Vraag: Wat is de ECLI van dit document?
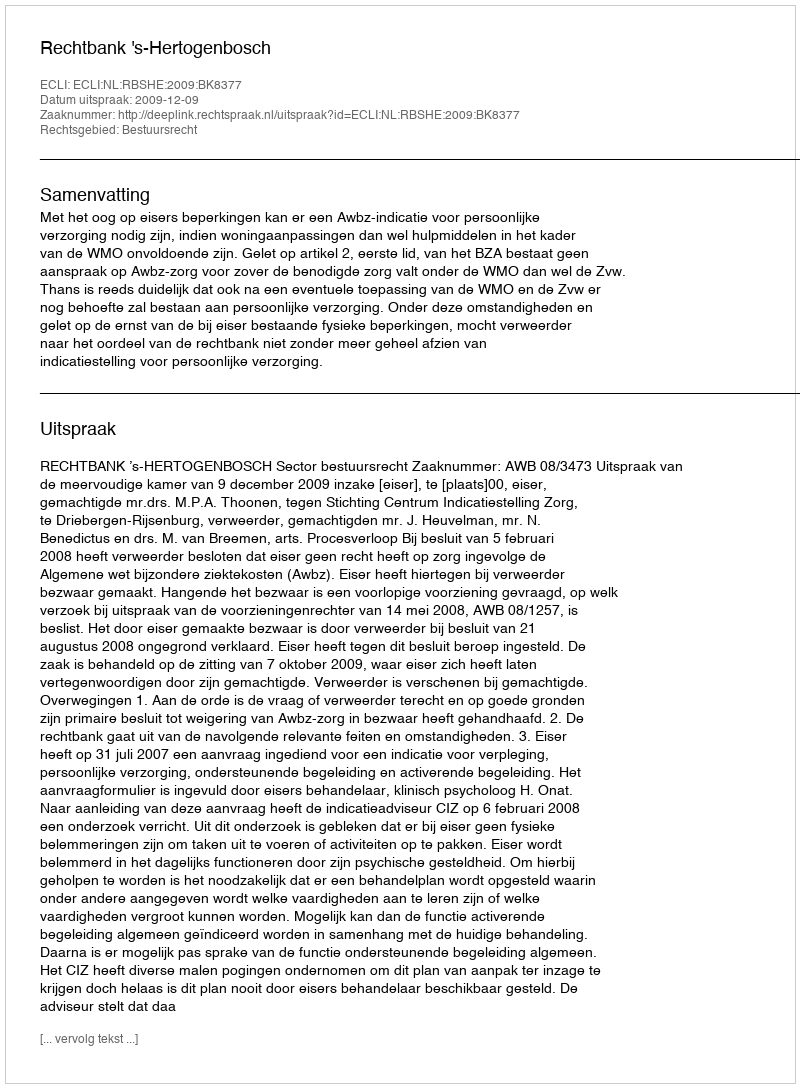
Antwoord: ECLI:NL:RBSHE:2009:BK8377